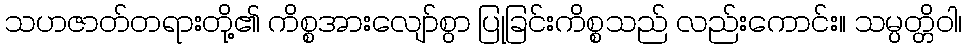
သဟဇာတ်တရားတို့၏ ကိစ္စအားလျော်စွာ ပြုခြင်းကိစ္စသည် လည်းကောင်း။ သမ္ပတ္တိဝါ၊